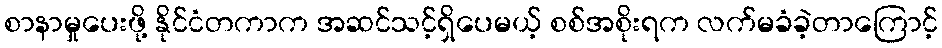
စာနာမှုပေးဖို့ နိုင်ငံတကာက အဆင်သင့်ရှိပေမယ့် စစ်အစိုးရက လက်မခံခဲ့တာကြောင့်